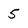
Character: 5